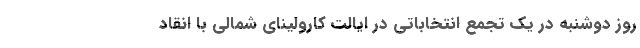
روز دوشنبه در یک تجمع انتخاباتی در ایالت کارولینای شمالی با انقاد